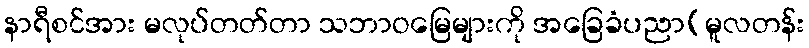
နာရီစင်အား မလုပ်တတ်တာ သဘာဝမြေများကို အခြေခံပညာ(မူလတန်း